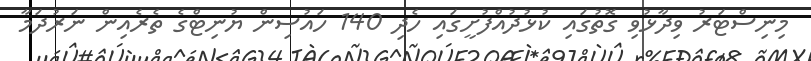
މިނިސްޓަރު ވިދާޅުވި ގޮތުގައި ކުޅުދުއްފުށީގައި ހެދި 140 ހައުސިން ޔުނިޓްގެ ތެރެއިން ނަރުދަމާ